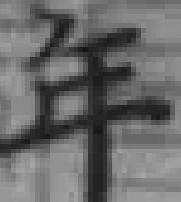
年